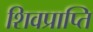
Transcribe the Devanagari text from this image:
शिवप्राप्ति